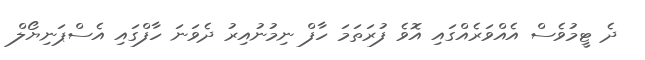
ދެ ޓީމުވެސް އެއްވަރެއްގައި އޮވެ ފުރަތަމަ ހާފް ނިމުނުއިރު ދެވަނަ ހާފްގައި އެސްޕަނިޔޯލް